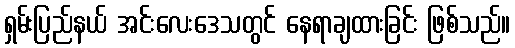
ရှမ်းပြည်နယ် အင်းလေးဒေသတွင် နေရာချထားခြင်း ဖြစ်သည်။